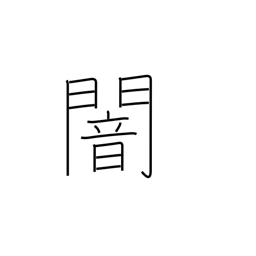
Meaning: gloom